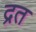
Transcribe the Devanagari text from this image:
द्रत